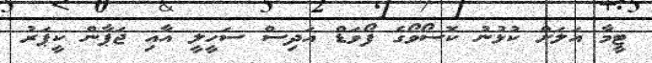
ޓީމާ އަލަށް ކުޅުނު ކޮސޯވޯގެ ފޯވަޑް އަދިސް ސަހީލީ އާއި ޖަޕާން ކީޕަރު